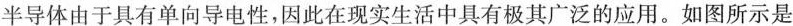
半导体由于具有单向导电性，因此在现实生活中具有极其广泛的应用。如图所示是